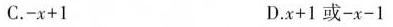
C.-x+1 D.x+1或-x-1